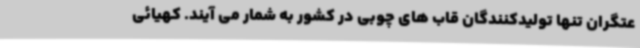
عتگران تنها تولیدکنندگان قاب های چوبی در کشور به شمار می آیند. کهیائی